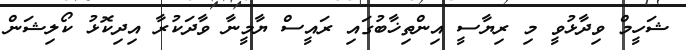
ޝަހީމް ވިދާޅުވީ މި ރިޔާސީ އިންތިޚާބުގައި ރައީސް ޔާމީނާ ވާދަކުރާ އިދިކޮޅު ކޯލިޝަން